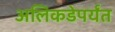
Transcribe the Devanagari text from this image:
अलिकडेपर्यंत